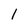
Character: 1